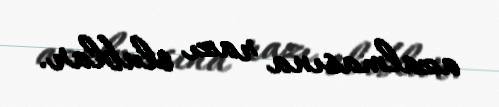
azalmasına razı olublar.